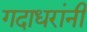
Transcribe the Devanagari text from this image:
गदाधरांनी